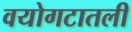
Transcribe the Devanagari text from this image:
वयोगटातली